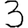
Digit: 3